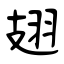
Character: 翅